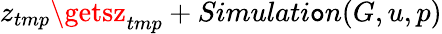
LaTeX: z_{tmp}\getsz_{tmp}+Simulati\mathtt{o}n(G,u,p)